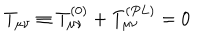
LaTeX: T _ { \mu \nu } \equiv T _ { \mu \nu } ^ { ( 0 ) } + T _ { \mu \nu } ^ { ( P L ) } = 0